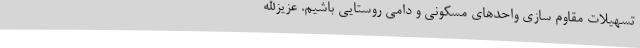
تسهیلات مقاوم سازی واحدهای مسکونی و دامی روستایی باشیم. عزیزالله